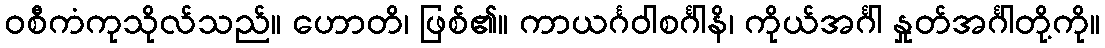
ဝစီကံကုသိုလ်သည်။ ဟောတိ၊ ဖြစ်၏။ ကာယင်္ဂဝါစင်္ဂါနိ၊ ကိုယ်အင်္ဂါ နှုတ်အင်္ဂါတို့ကို။